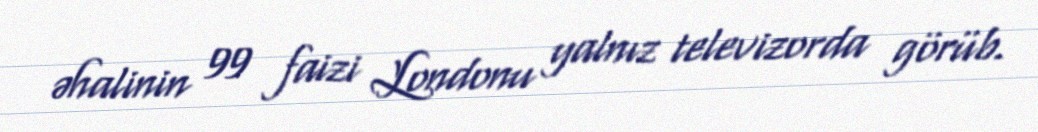
əhalinin 99 faizi Londonu yalnız televizorda görüb.